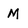
Character: M